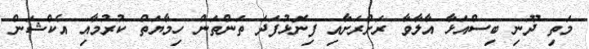
މަތި ދޫނި ބިސްއަޅާ އާލާވާ ރަށްރަށާއި ފިނޮޅުފަދަ ތަންތަން ހިމާޔަތް ކުރުމާއި އެކްޝަން